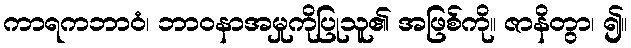
ကာရကဘာဝံ၊ ဘာဝနာအမှုကိုပြုသူ၏ အဖြစ်ကို။ ဇာနိတွာ၊ ၍။